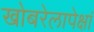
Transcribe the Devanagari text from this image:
खोबरेलापेक्षां